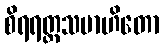
စိရရတ္တသမာဟိတော